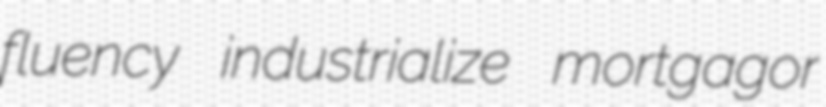
fluency industrialize mortgagor